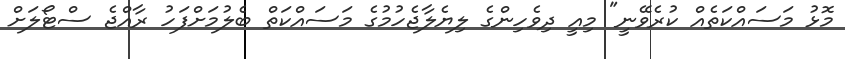
މޮޅު މަސައްކަތެއް ކުރެވޭނީ" މިއީ ދިވެހިންގެ ލިޔެލާޖެހުމުގެ މަސައްކަތް ބެލުމަށްފަހު ރާއްޖެ ސްޓޯލަށް